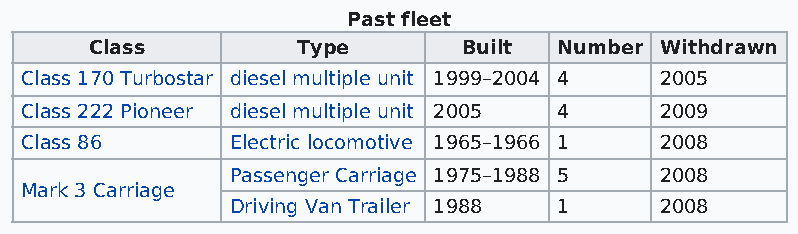
Past fleet
 Class         Type       Built Number Withdrawn
 Class 170 Turbostar diesel multiple unit 1999–2004 4 2005
 Class 222 Pioneer diesel multiple unit 2005 4 2009
 Class 86      Electric locomotive 1965–1966 1 2008
 Passenger Carriage 1975–1988 5 2008
 Mark 3 Carriage
 Driving Van Trailer 1988 1   2008